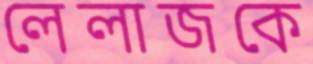
লেলাজকে